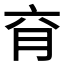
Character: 𰗄